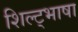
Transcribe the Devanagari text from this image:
शिल्ट्भाषा